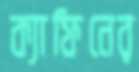
ক্যাফিনের